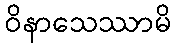
ဝိနာသေဿာမိ